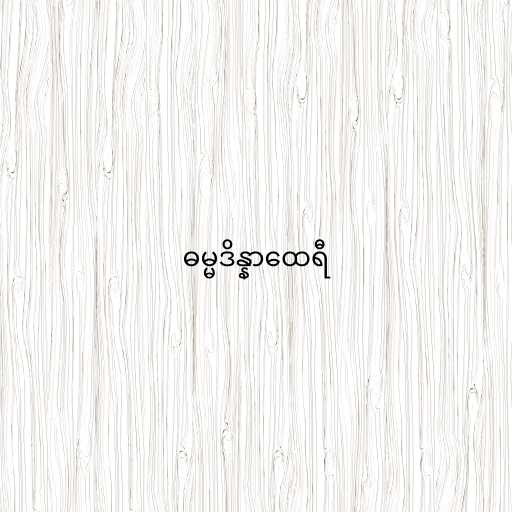
ဓမ္မဒိန္နာထေရီ